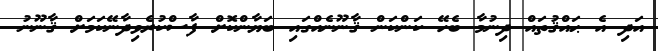
އަދި އެ ޙައްޤުތައް ދިނުމާ ބެހޭ ކަންކަން ޤާނޫނެއްގައި ބަޔާންކޮށް ފާސްކުރެވިދާނޭކަމަށް ޤާނޫނު